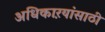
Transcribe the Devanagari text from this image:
अधिकाऱयांसाठी